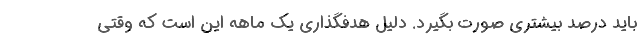
باید درصد بیشتری صورت بگیرد. دلیل هدفگذاری یک ماهه این است که وقتی